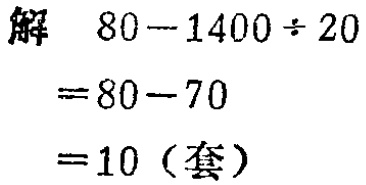
解

\[

\begin{align*}

&80 - 1400\div20\\

=&80 - 70\\

=&10 (\text{套})

\end{align*}

\]